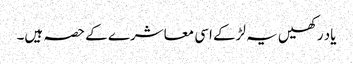
یاد رکھیں یہ لڑکے اسی معاشرے کے حصہ ہیں۔